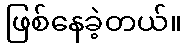
ဖြစ်နေခဲ့တယ်။